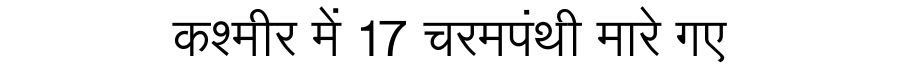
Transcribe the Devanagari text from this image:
कश्मीर में 17 चरमपंथी मारे गए